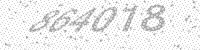
Solution: 864018